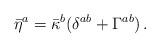
LaTeX: \begin{align*}\bar\eta^a = \bar\kappa^b( \delta^{ab} + \Gamma^{ab})\,.\end{align*}